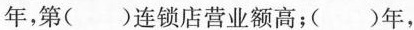
年，第（）连锁店营业额高；（）年，